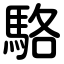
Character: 駱